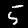
Digit: 5